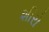
શીરો